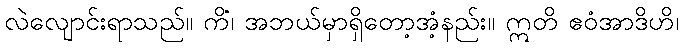
လဲလျောင်းရာသည်။ ကိံ၊ အဘယ်မှာရှိတော့အံ့နည်း။ ဣတိ ဧဝံအာဒိဟိ၊